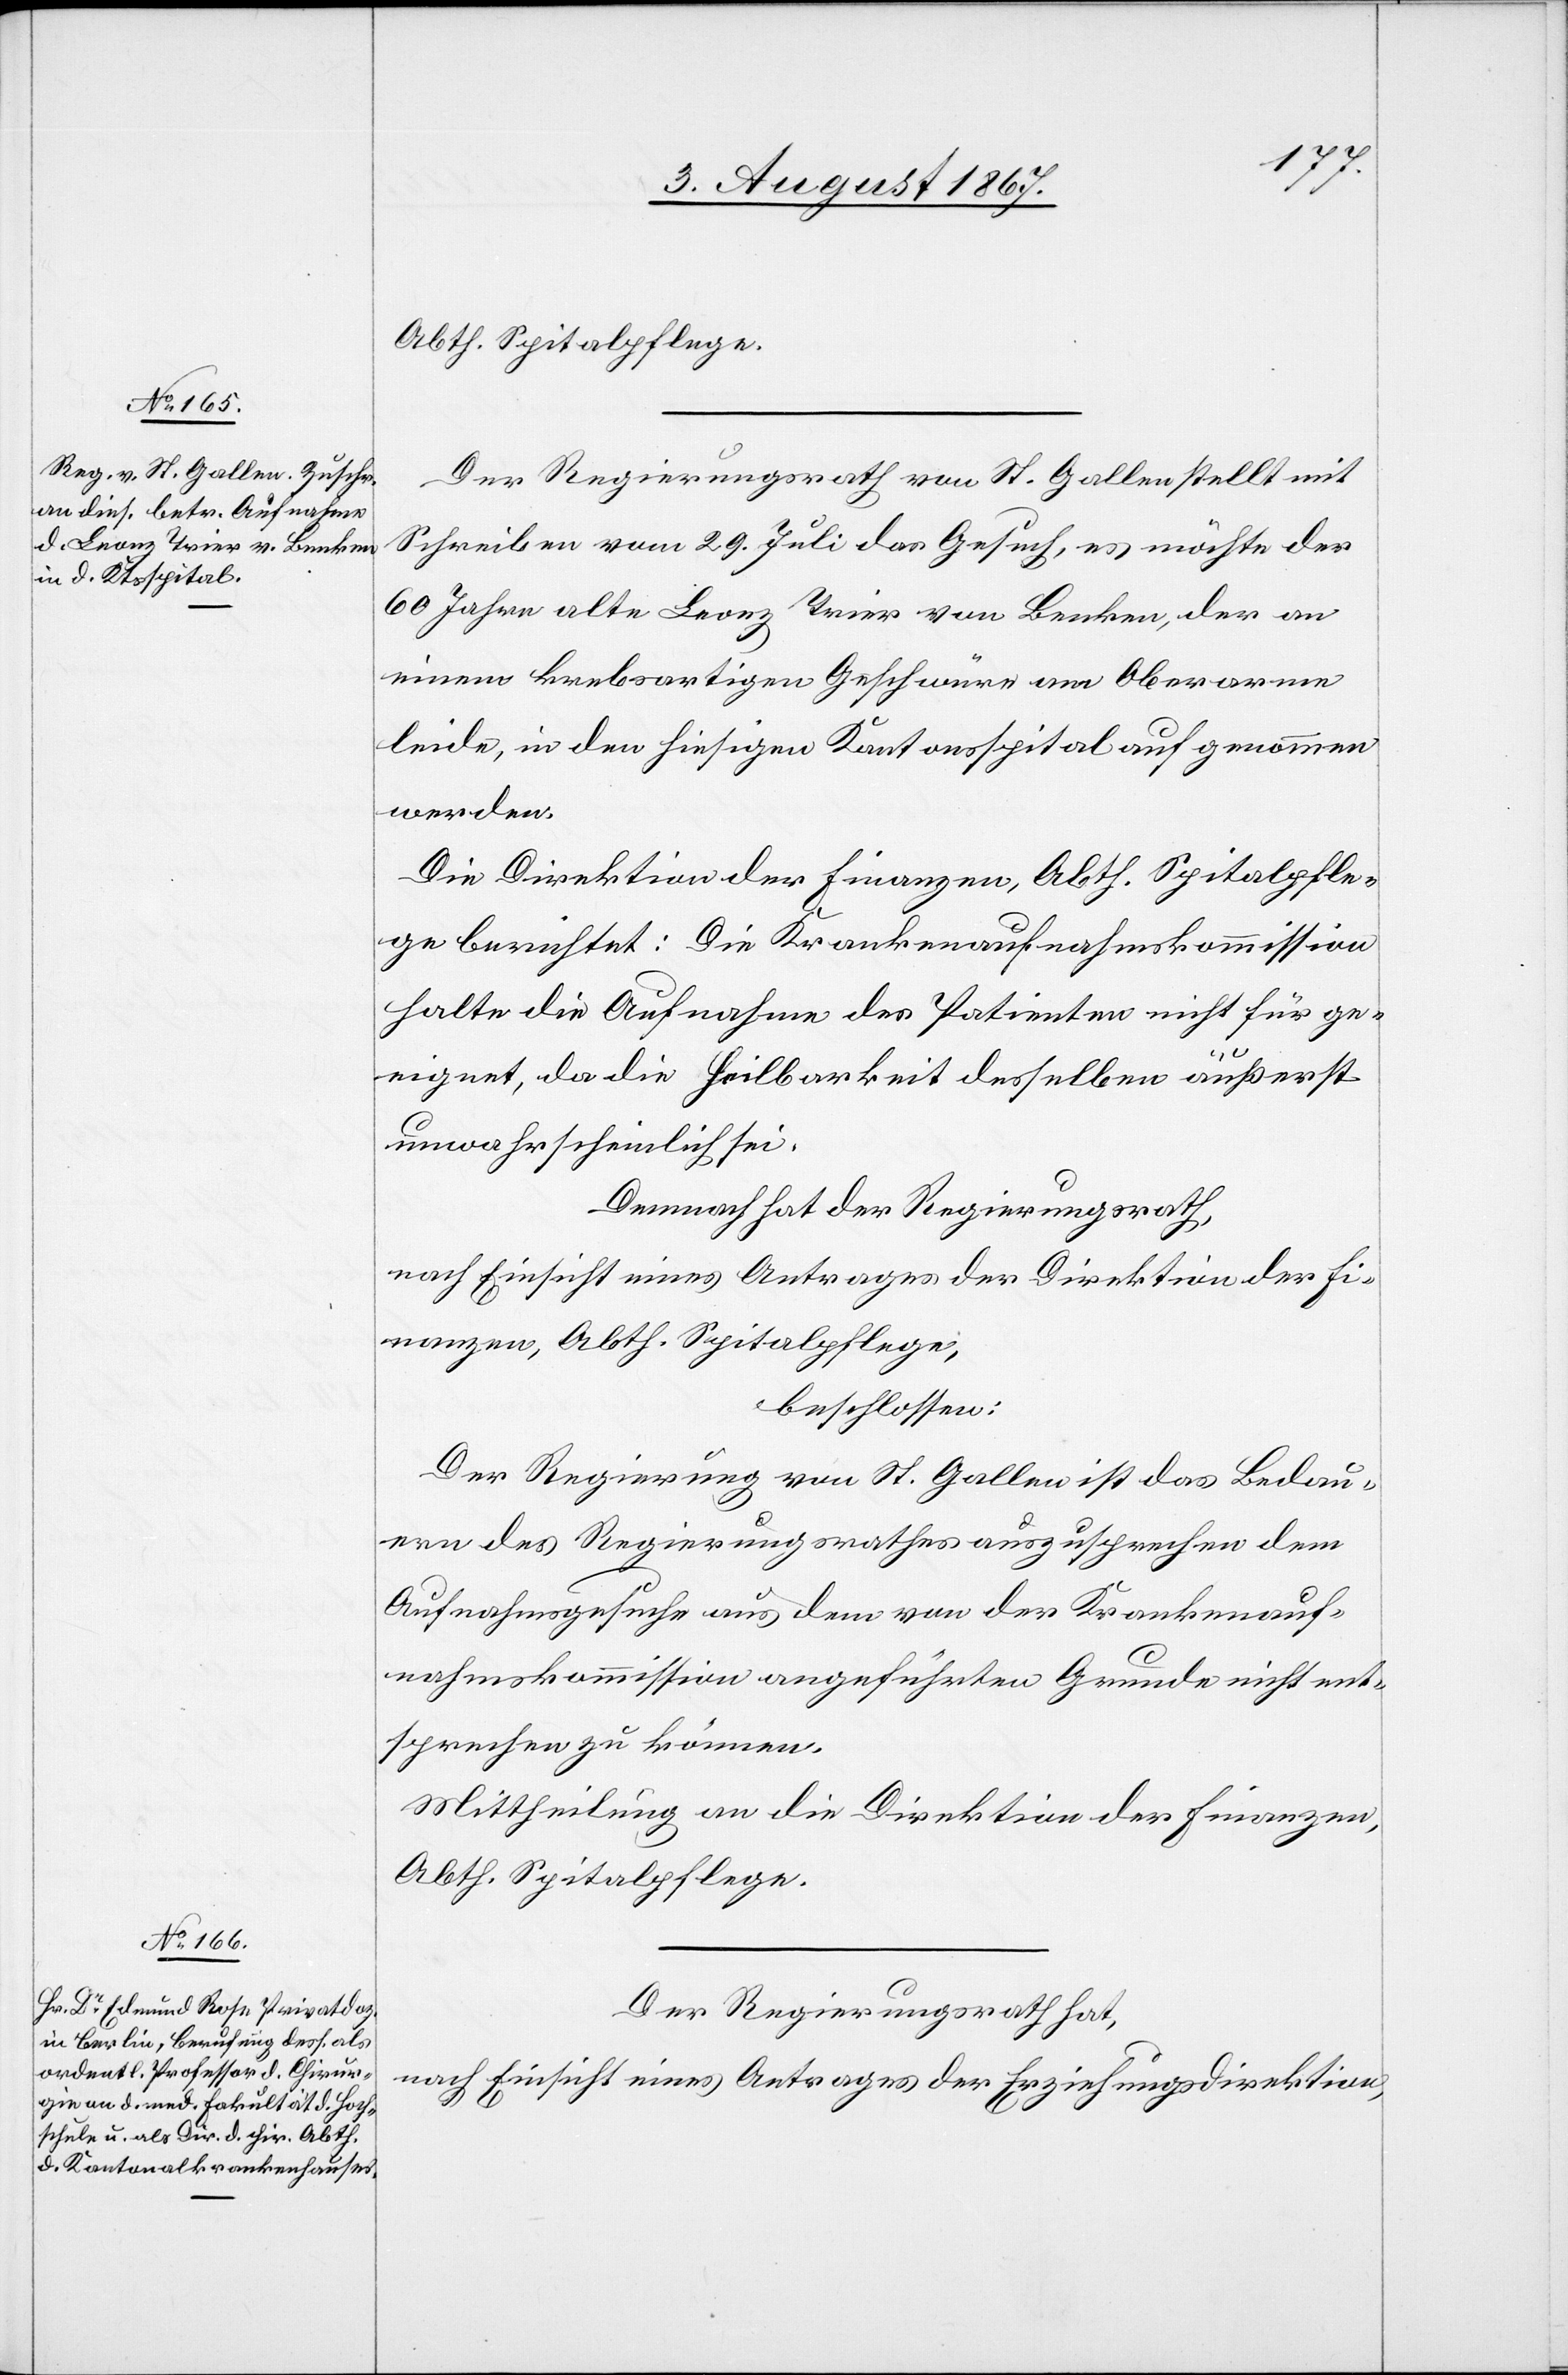
Abth. Spitalpflege.
Der Regierungsrath von St. Gallen stellt mit
Schreiben vom 29. Juli das Gesuch, es möchte der
60 Jahre alte Leonz Trier von Benken, der an
einem krebsartigen Geschwüre am Oberarme
leide, in den hiesigen Kantonsspital aufgenommen
werden.
Die Direktion der Finanzen, Abth. Spitalpfle¬
ge berichtet: Die Krankenaufnahmskommission
halte die Aufnahme des Patienten nicht für ge¬
eignet, da die Heilbarkeit desselben äußerst
unwahrscheinlich sei.
Demnach hat der Regierungsrath,
nach Einsicht eines Antrages der Direktion der Fi¬
nanzen, Abth. Spitalpflege,
beschlossen:
Der Regierung von St. Gallen ist das Bedau¬
ern des Regierungsrathes auszusprechen dem
Aufnahmsgesuche aus dem von der Krankenauf¬
nahmskommission angeführten Grunde nicht ent¬
sprechen zu können.
Mittheilung an die Direktion der Finanzen,
Abth. Spitalpflege.
Der Regierungsrath hat,
nach Einsicht eines Antrages der Erziehungsdirektion,